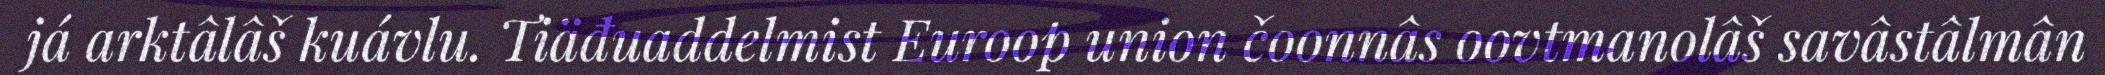
já arktâlâš kuávlu. Tiäđuaddelmist Euroop union čoonnâs oovtmanolâš savâstâlmân